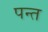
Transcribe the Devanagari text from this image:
पन्‍त